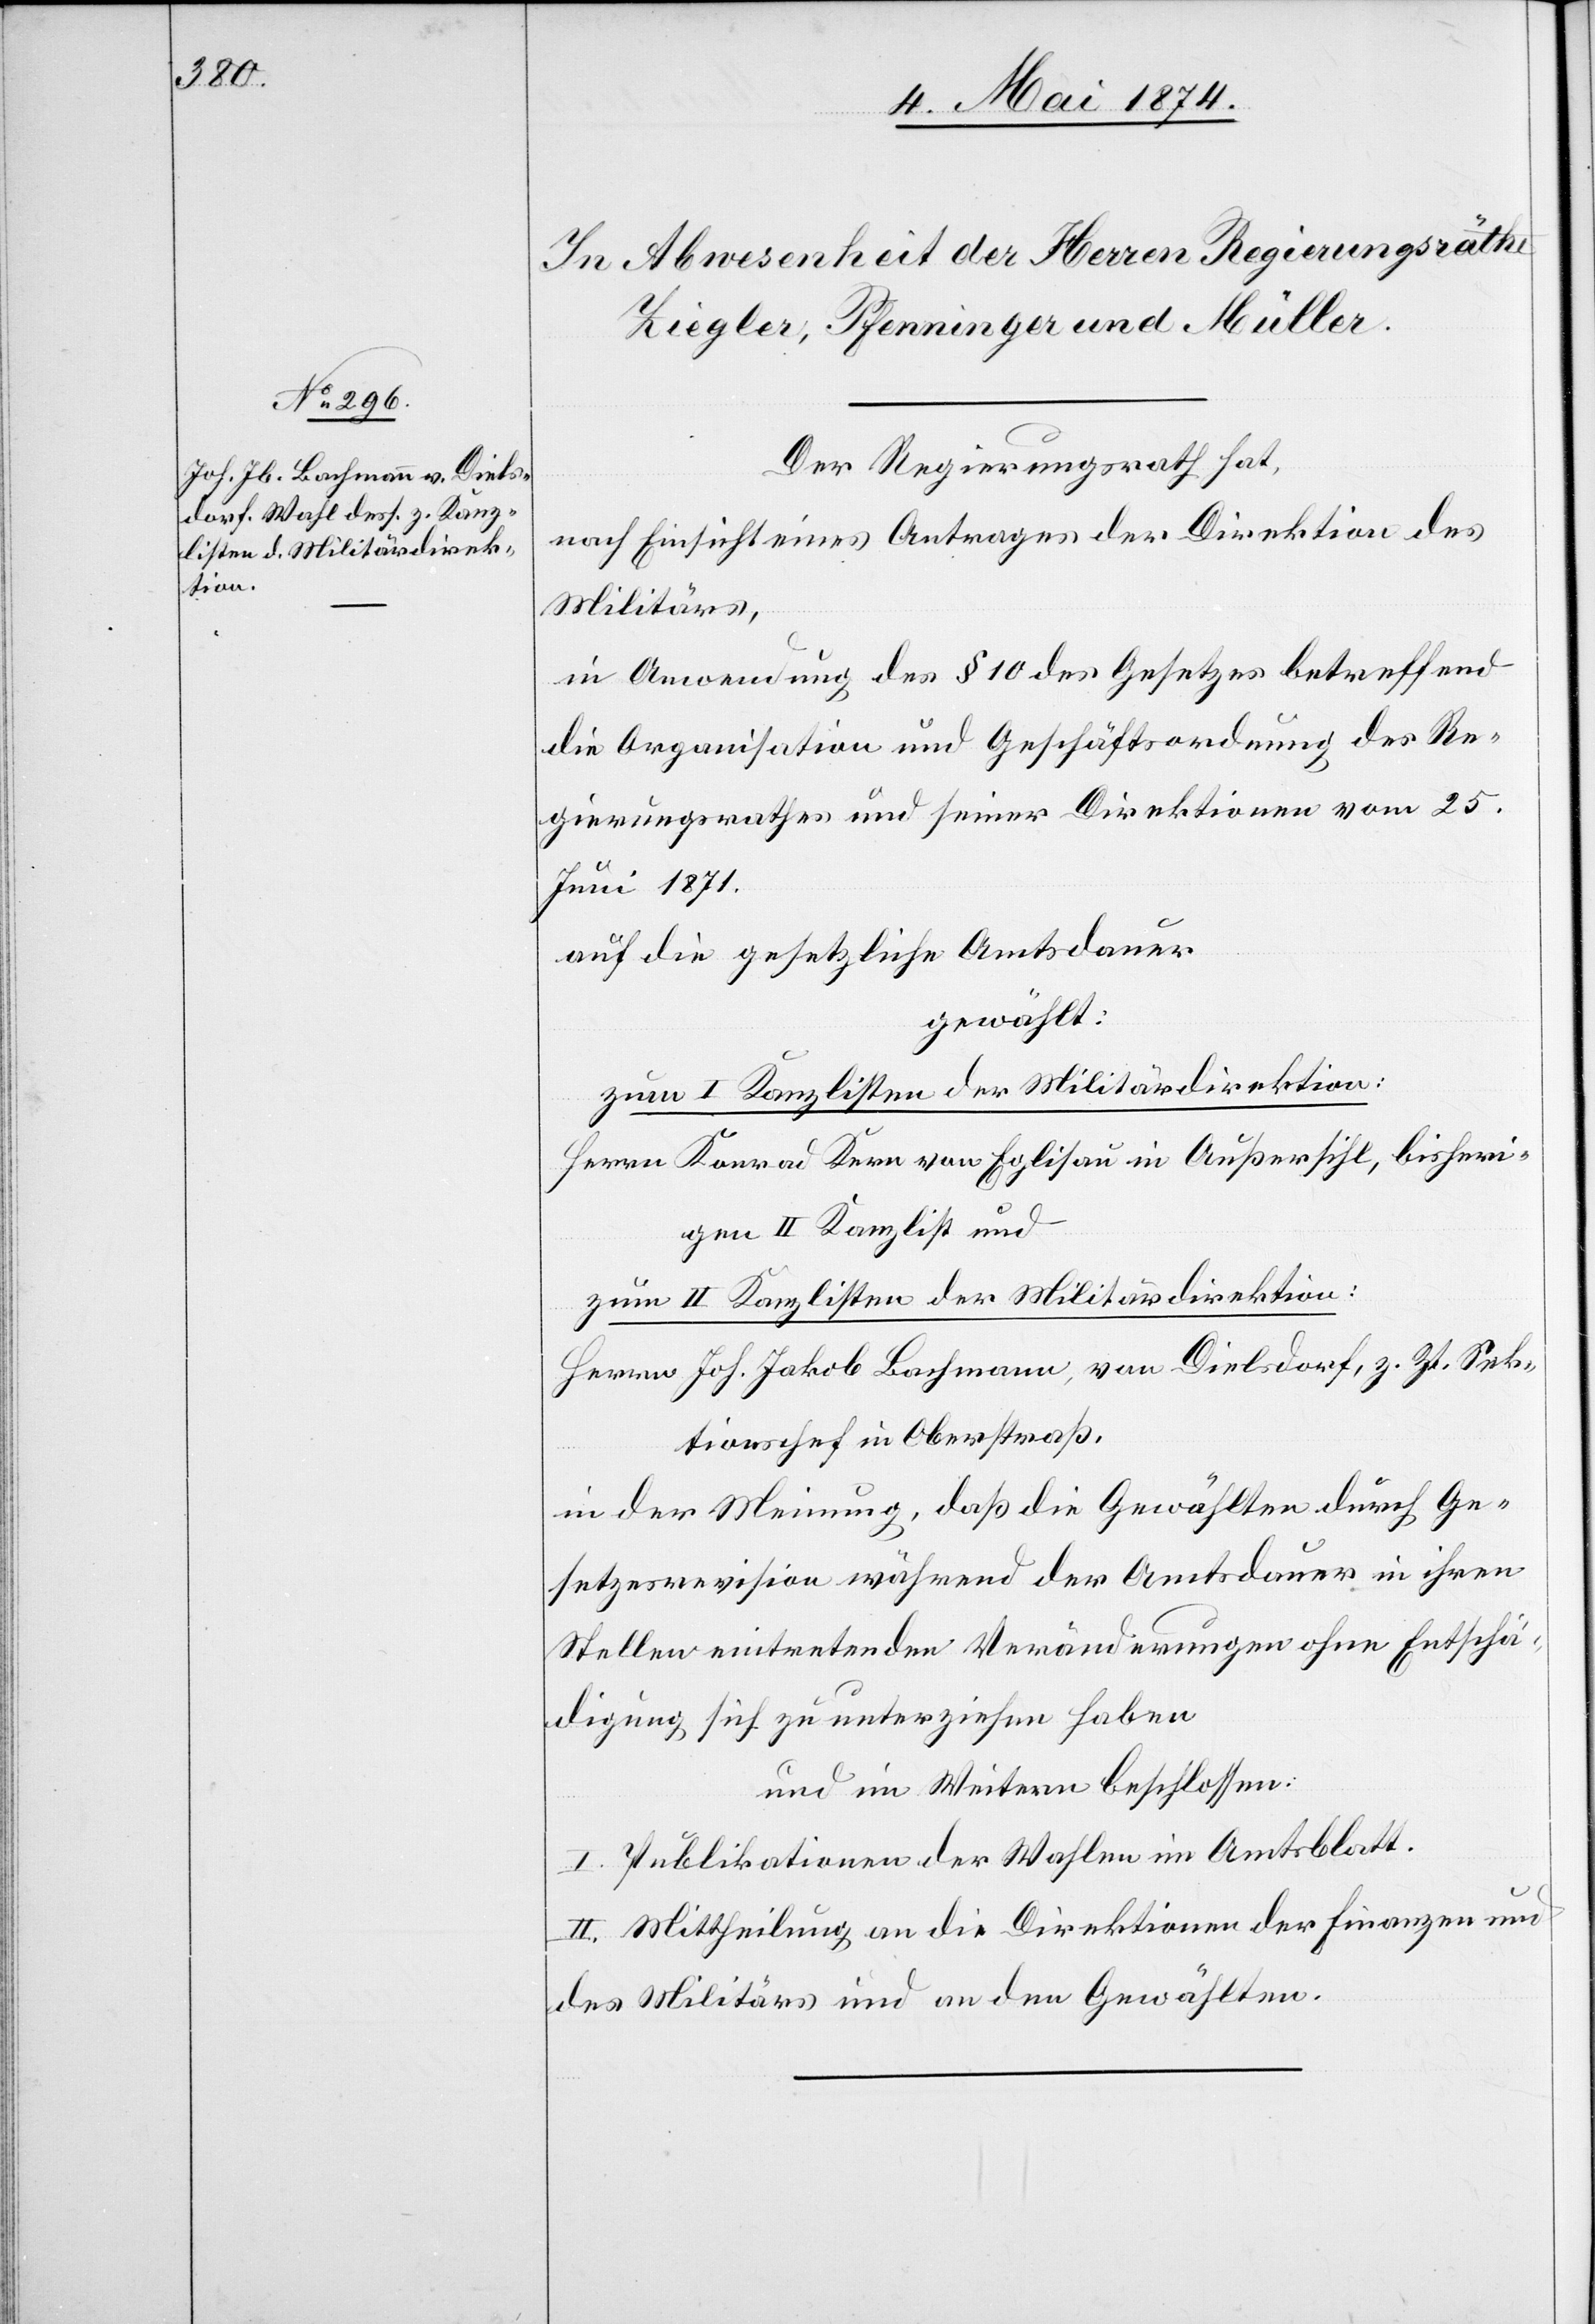
Der Regierungsrath hat,
nach Einsicht eines Antrages der Direktion des
Militärs,
in Anwendung des § 10 des Gesetzes betreffend
die Organisation und Geschäftsordnung des Re¬
gierungsrathes und seiner Direktionen vom 25.
Juni 1871.
auf die gesetzliche Amtsdauer
gewählt:
zum I. Kanzlisten der Militärdirektion:
Herrn Konrad Kern von Eglisau in Außersihl, bisheri¬
gen II. Kanzlist und
zum II. Kanzlisten der Militärdirektion:
Herrn Joh. Jakob Bachmann, von Dielsdorf, z. Zt. Sek¬
tionschef in Oberstraß.
in der Meinung, daß die Gewählten durch Ge¬
setzesrevision während der Amtsdauer in ihren
Stellen eintretenden Veränderungen ohne Entschä¬
digung sich zu unterziehen haben
und im Weitern beschlossen:
I. Publikationen der Wahlen im Amtsblatt.
II. Mittheilung an die Direktionen der Finanzen und
des Militärs und an den Gewählten.